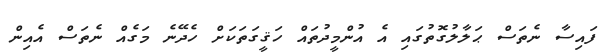
ފައިސާ ނެތަސް ޙަލާލުގޮތުގައި އެ އުންމީދުތައް ހަޤީގަތަކަށް ހެދޭނެ މަގެއް ނެތަސް އެއިން